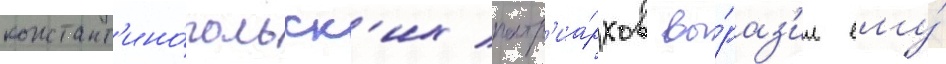
констант'ино́польск'их патр'иа́рхов вы́раз'ил ему́